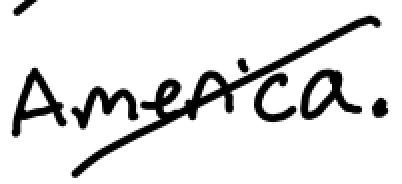
Text: America.
Cross-out: diagonal
Writing tool: digital_black